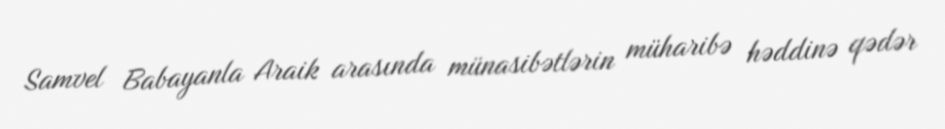
Samvel Babayanla Araik arasında münasibətlərin müharibə həddinə qədər